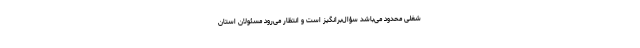
شغلی محدود می‌باشد سؤال‌برانگیز است و انتظار می‌رود مسئولان استان